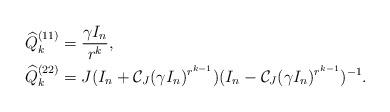
LaTeX: \begin{align*}\widehat{Q}_k^{(11)} &=\dfrac{\gamma I_n}{r^k},\\\widehat{Q}_k^{(22)} &= J(I_n+\mathcal{C}_{J}(\gamma I_{n})^{r^{k-1}})(I_n-\mathcal{C}_{J}(\gamma I_{n})^{r^{k-1}})^{-1}.\end{align*}